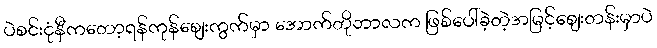
ပဲစင်းငုံနီကတော့ရန်ကုန်ဈေးကွက်မှာ အောက်တိုဘာလက ဖြစ်ပေါ်ခဲ့တဲ့အမြင့်စျေးတန်းမှာပဲ